NAE_ERA_R-2632_ENSV_TA_Emakeele_Selts_1945-1955, lk 134
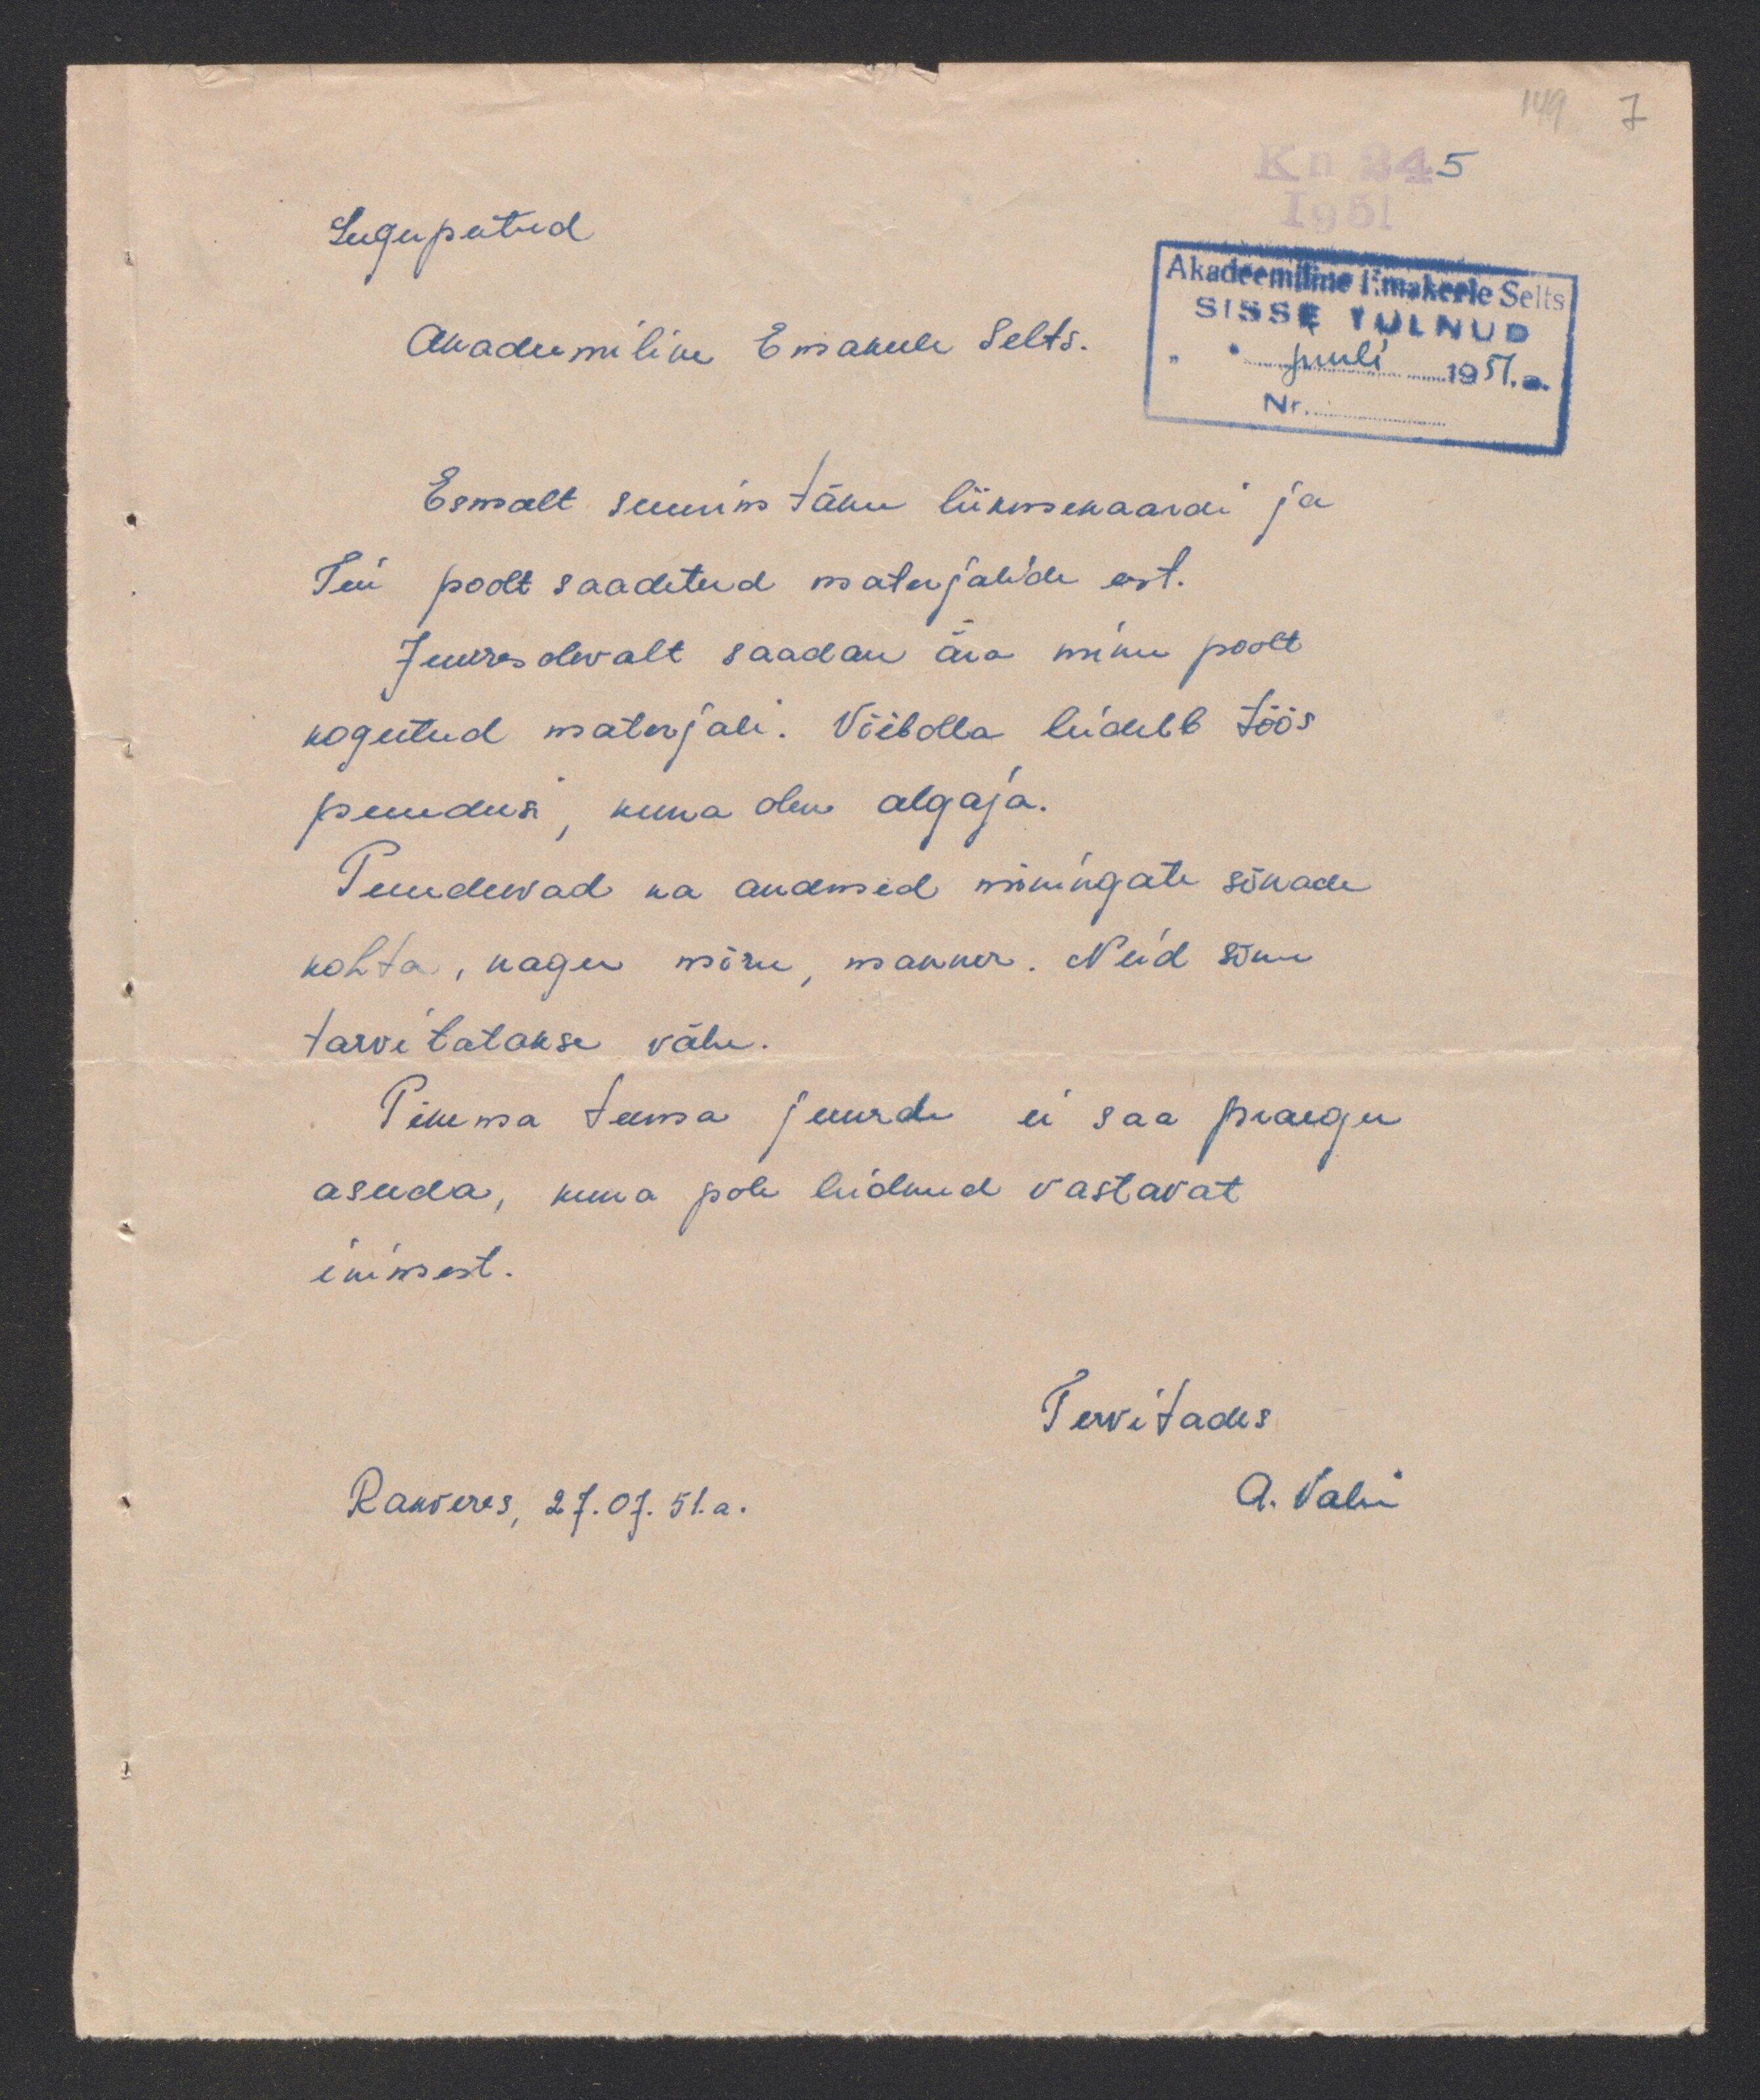
Lugupeetud
Akadeemiline Emakeele Selts.
Esmalt suurim tänu liikmekaardi ja
Teie poolt saadetud materjali eest.
Juures olevalt saadan ära minu poolt
kogutud materjali. Võibolla leidub töös
puudusi kuna olen algaja.
Puudewad ka andmed mõningate sõnade
kohta, nagu mõru, manner. Neid sõnu
tarvitatakse vähe.
Pikema teema juurde ei saa praegu
asuda, kuna pole leidnud vastavat
inimest.
Tervitades
A. Valu
Rakveres, 27.07.51.a.